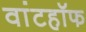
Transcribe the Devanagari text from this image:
वांटहॉफ